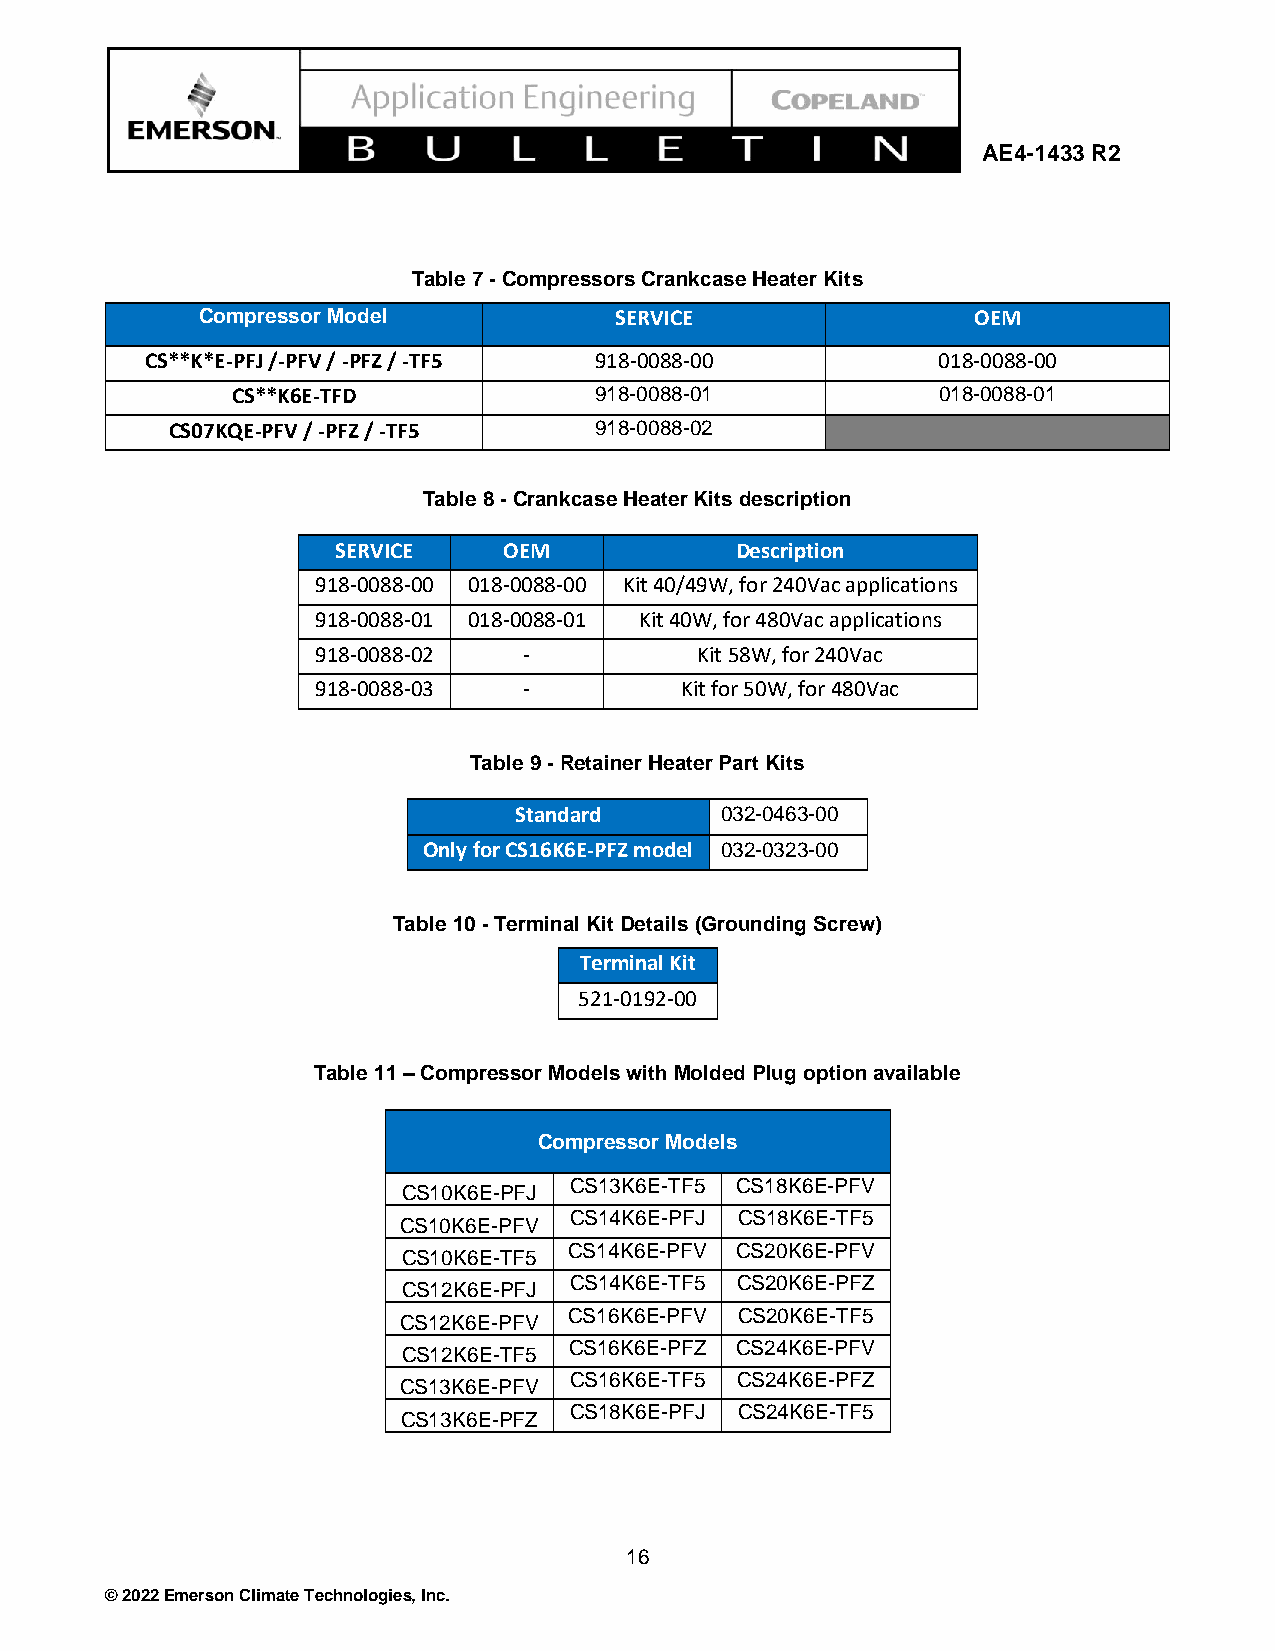
AE4-1433 R2
 Table 7 - Compressors Crankcase Heater Kits
 Compressor Model            SERVICE                 OEM
 CS**K*E-PFJ /-PFV / -PFZ / -TF5 918-0088-00         018-0088-00
 CS**K6E-TFD             918-0088-01            018-0088-01
 CS07KQE-PFV / -PFZ / -TF5   918-0088-02
 Table 8 - Crankcase Heater Kits description
 SERVICE    OEM             Description
 918-0088-00 018-0088-00 Kit 40/49W, for 240Vac applications
 918-0088-01 018-0088-01 Kit 40W, for 480Vac applications
 918-0088-02   -          Kit 58W, for 240Vac
 918-0088-03   -         Kit for 50W, for 480Vac
 Table 9 - Retainer Heater Part Kits
 Standard      032-0463-00
 Only for CS16K6E-PFZ model 032-0323-00
 Table 10 - Terminal Kit Details (Grounding Screw)
 Terminal Kit
 521-0192-00
 Table 11 – Compressor Models with Molded Plug option available
 Compressor Models
 CS13K6E-TF5 CS18K6E-PFV
 CS10K6E-PFJ
 CS14K6E-PFJ CS18K6E-TF5
 CS10K6E-PFV
 CS14K6E-PFV CS20K6E-PFV
 CS10K6E-TF5
 CS14K6E-TF5 CS20K6E-PFZ
 CS12K6E-PFJ
 CS16K6E-PFV CS20K6E-TF5
 CS12K6E-PFV
 CS16K6E-PFZ CS24K6E-PFV
 CS12K6E-TF5
 CS16K6E-TF5 CS24K6E-PFZ
 CS13K6E-PFV
 CS18K6E-PFJ CS24K6E-TF5
 CS13K6E-PFZ
 16
 © 2022 Emerson Climate Technologies, Inc.